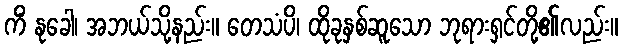
ကိံ နုခေါ၊ အဘယ်သို့နည်း။ တေသံပိ၊ ထိုခုနှစ်ဆူသော ဘုရားရှင်တို့၏လည်း။